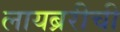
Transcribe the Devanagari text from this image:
लायब्ररीची